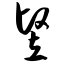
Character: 竖